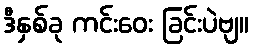
ဒီနှစ်ခု ကင်းဝေး ခြင်းပဲဗျ။